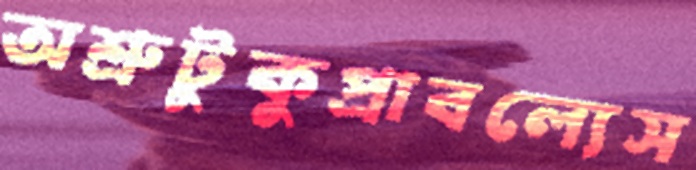
অশ্রুটুকুপ্রাবল্যেস